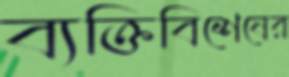
ব্যক্তিবিশেষের